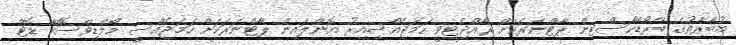
މުބާރާތުގެ ބްރޯޑްކާސްޓިން ޕާޓްނަރަކަށް ރާއްޖެޓީވީ ހަމަޖެއްސިއިރު އޮންލައިން ޕާޓްނަރަކަށް ހަމަޖެއްސީ މޯލްޑިވްސޮޮކާ ޑޮޓް